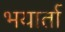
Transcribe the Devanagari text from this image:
भयार्ता